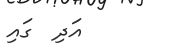
އަދި  ގައި